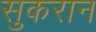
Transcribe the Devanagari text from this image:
सुकरान